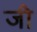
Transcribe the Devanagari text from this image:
जीे